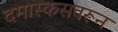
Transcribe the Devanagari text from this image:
दमास्कसवरून